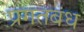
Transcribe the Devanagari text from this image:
प्रगतबंध